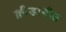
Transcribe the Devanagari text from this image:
क्रीडागीत